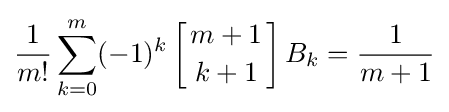
{\frac {1}{m!}}\sum _{k=0}^{m}(-1)^{k}\left[{m+1 \atop k+1}\right]B_{k}={\frac {1}{m+1}}